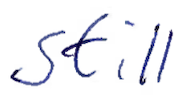
Text: still
Cross-out: clean
Writing tool: ballpoint